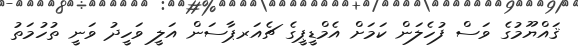
ޤައްޔޫމުގެ ވަސް ފުހެލަން ކަމަށް އެމްޑީޕީގެ ޗެއަރޕާސަން އަލީ ވަހީދު ވަނީ ތުހުމަތު